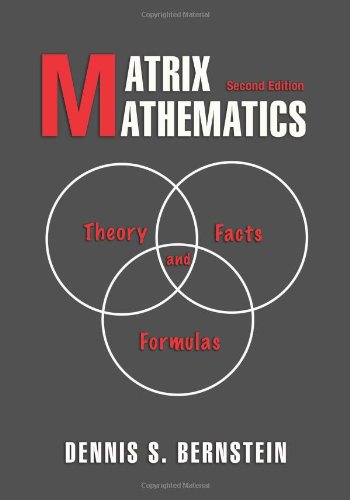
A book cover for Matrix Mathematics: Theory, Facts, and Formulas, Second edition; Dennis S. Bernstein; Science & Math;